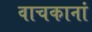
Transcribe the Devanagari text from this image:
वाचकानां